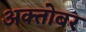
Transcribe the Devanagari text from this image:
अक्तोबर